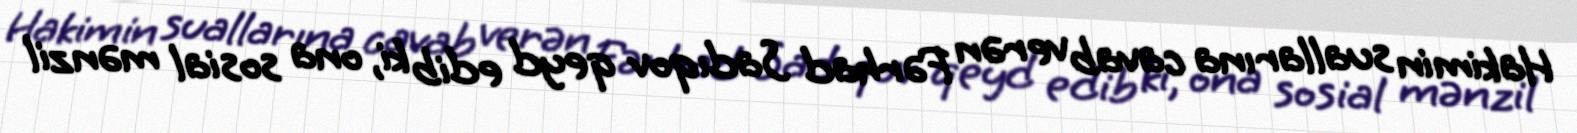
Hakimin suallarına cavab verən Fərhad Sadıqov qeyd edib ki, ona sosial mənzil